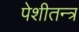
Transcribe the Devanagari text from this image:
पेशीतन्त्र